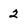
Character: 2